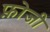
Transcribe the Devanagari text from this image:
फ़ोजी